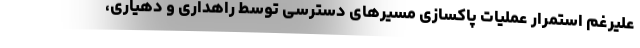
علیرغم استمرار عملیات پاکسازی مسیرهای دسترسی توسط راهداری و دهیاری،